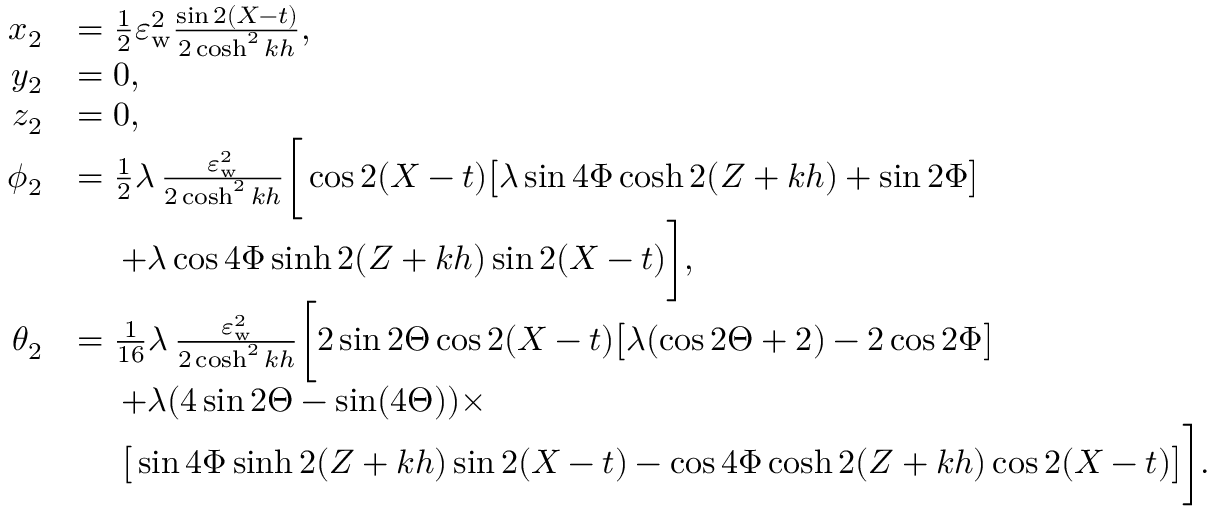
\begin{array} { r l } { x _ { 2 } } & { = \frac { 1 } { 2 } \varepsilon _ { \mathrm { w } } ^ { 2 } \frac { \sin 2 ( X - t ) } { 2 \cosh ^ { 2 } k h } , } \\ { y _ { 2 } } & { = 0 , } \\ { z _ { 2 } } & { = 0 , } \\ { \phi _ { 2 } } & { = \frac { 1 } { 2 } \lambda \, \frac { \varepsilon _ { \mathrm { w } } ^ { 2 } } { 2 \cosh ^ { 2 } k h } \bigg [ \cos 2 ( X - t ) \big [ \lambda \sin { 4 \Phi } \cosh 2 ( Z + k h ) + \sin { 2 \Phi } \big ] } \\ & { \quad \; + \lambda \cos { 4 \Phi } \sinh 2 ( Z + k h ) \sin 2 ( X - t ) \bigg ] , } \\ { \theta _ { 2 } } & { = \frac { 1 } { 1 6 } \lambda \, \frac { \varepsilon _ { \mathrm { w } } ^ { 2 } } { 2 \cosh ^ { 2 } k h } \bigg [ 2 \sin { 2 \Theta } \cos 2 ( X - t ) \big [ \lambda ( \cos { 2 \Theta } + 2 ) - 2 \cos { 2 \Phi } \big ] } \\ & { \quad \; + \lambda ( 4 \sin { 2 \Theta } - \sin ( 4 \Theta ) ) \times } \\ & { \quad \; \big [ \sin { 4 \Phi } \sinh 2 ( Z + k h ) \sin 2 ( X - t ) - \cos { 4 \Phi } \cosh 2 ( Z + k h ) \cos 2 ( X - t ) \big ] \bigg ] . } \end{array}